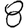
Digit: 8